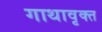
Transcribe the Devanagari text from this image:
गाथावृक्त